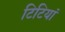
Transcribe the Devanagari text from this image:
टिटियां